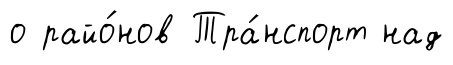
о райо́нов Тра́нспорт над